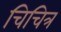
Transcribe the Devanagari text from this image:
चिचित्र